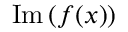
\operatorname { I m } { ( f ( x ) ) }